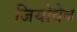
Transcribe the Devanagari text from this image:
जियोवेब